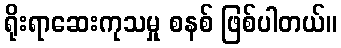
ရိုးရာဆေးကုသမှု စနစ် ဖြစ်ပါတယ်။